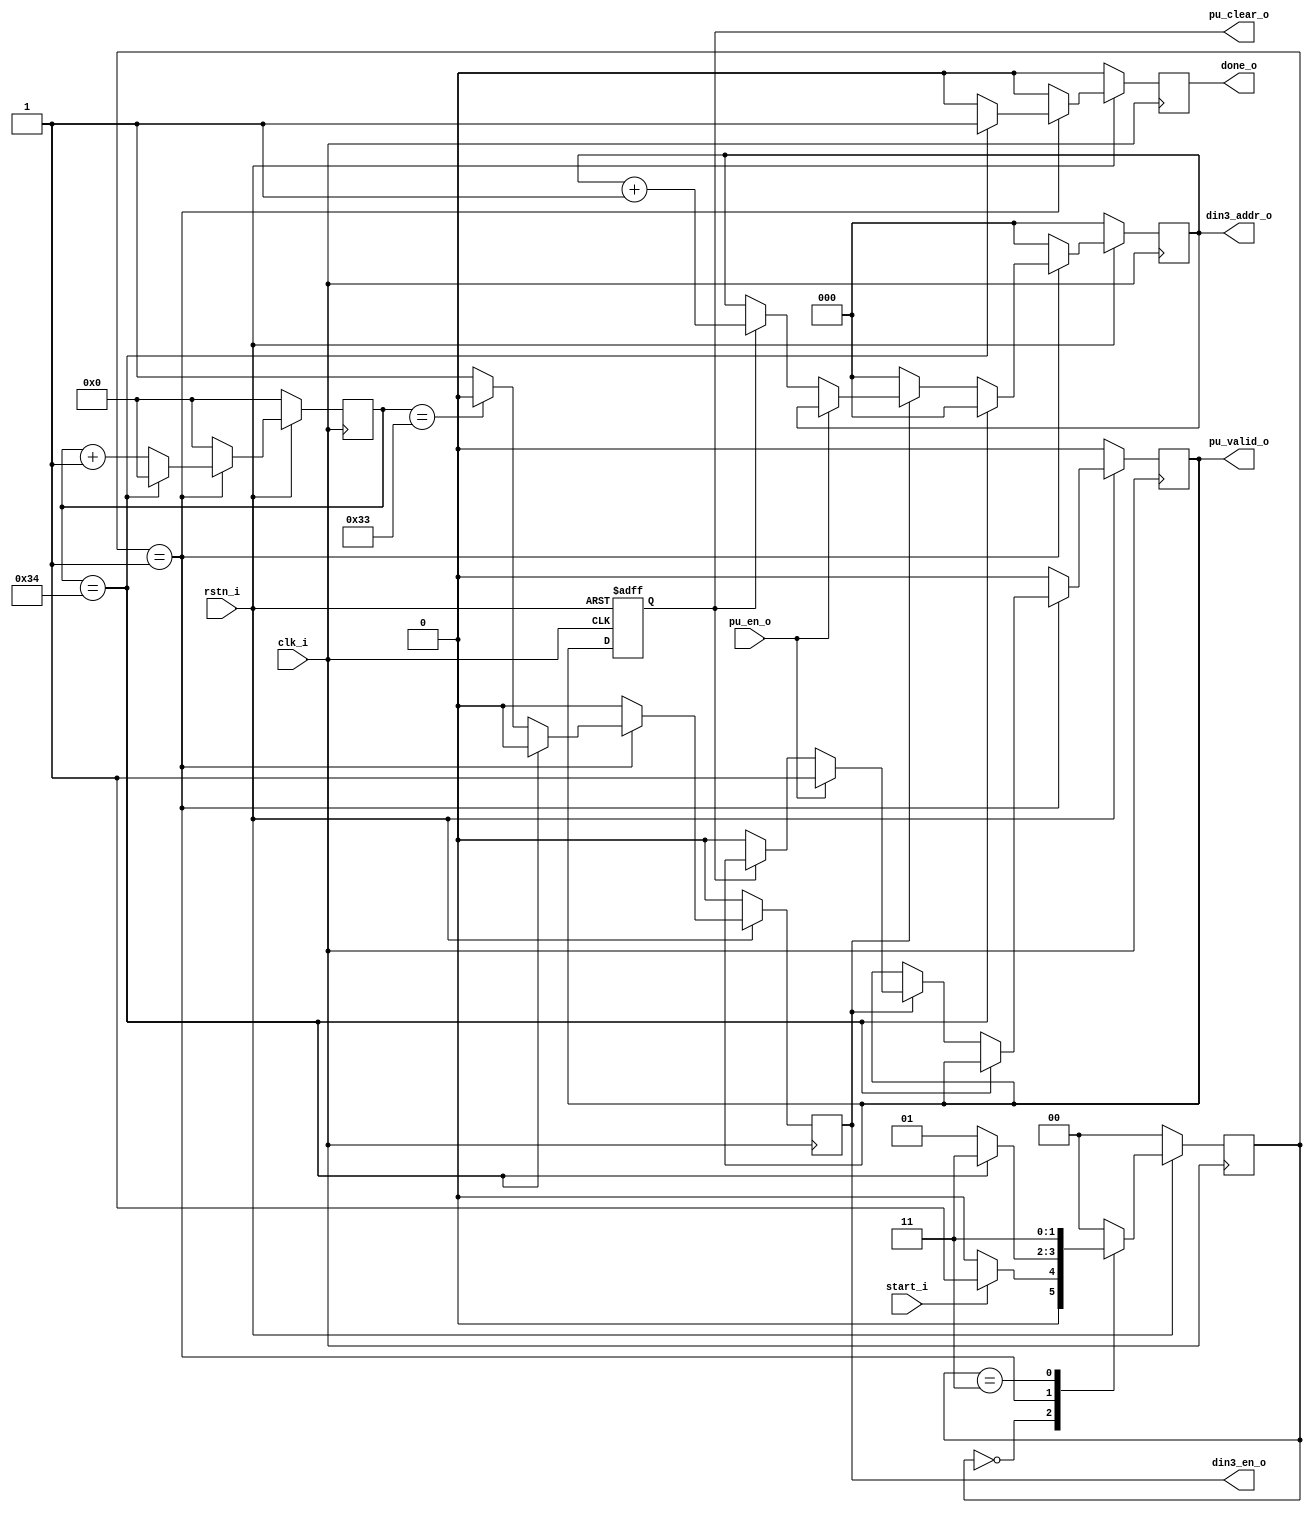
`timescale 1ns / 1ps

module local_ctrl_1 #(
    parameter   MAC_NUM            = 8,     // Default MAC Num
    parameter   ELEMENTS           = 32,    // Number of elements in matrix
    parameter   COLUMN             = 8
)(
    input wire              clk_i,
    input wire              rstn_i,
    input wire              start_i,
    input  wire             pu_en_o,
    
    output wire     [2:0]   din3_addr_o,
    output wire             din3_en_o,

    output wire             pu_valid_o,
    output wire             pu_clear_o,
    
    output wire             done_o
);

reg     [1:0]           present_state;
reg     [1:0]           next_state;

reg     [7:0]           cnt;
reg                     done;

reg     [2:0]           din3_addr;
reg                     din3_en;

reg                     valid;

reg                     pu_clear;

localparam   IDLE    =   2'b00;
localparam   RUN     =   2'b01;
localparam   DONE    =   2'b11;

assign  done_o          = done;
assign  din3_addr_o     = din3_addr;
assign  din3_en_o       = din3_en;
assign  pu_valid_o      = valid;
assign  pu_clear_o      = pu_clear;


// Present state logic
always @(posedge clk_i) begin
    if (!rstn_i) begin
        present_state <= IDLE;  // Set state to IDLE on reset
    end else begin
        present_state <= next_state; // Update state on clock edge
    end
end

// Next state logic
always @(*) begin
    case (present_state)
        IDLE : begin
            if (start_i) begin
                next_state = RUN; // Transition to RUN state on start signal
            end else begin
                next_state = IDLE; // Remain in IDLE state
            end
        end
        RUN : begin
            if (cnt == 52) begin
                next_state = DONE; // Transition to DONE state when counter reaches total cycles
            end else begin
                next_state = RUN; // Remain in RUN state
            end
        end
        DONE : begin
            next_state = DONE; // Remain in DONE state
        end
        default : begin
            next_state = IDLE; // Default to IDLE state
        end
    endcase
end

// Control signals and counter
always @(posedge clk_i) begin
    if (!rstn_i) begin
        cnt         <= 0;
        done        <= 0;
        din3_addr   <= 0;
        din3_en     <= 0;
        valid       <= 0;
    end else begin
        case (present_state)
        IDLE : begin
            cnt         <= 0;
            done        <= 0;
            valid       <= 0;
            din3_addr   <= 0;
            din3_en     <= 0;
        end
        RUN : begin
            if (cnt == 52) begin
                done        <= 1; // Set done signal when computation is complete
                cnt         <= 0;
                din3_addr   <= 0;
                din3_en     <= 0;
            end else begin
                done <= 0;
                cnt  <= cnt + 1;
                if (din3_en) begin
                    din3_addr  <=  din3_addr;
                    if (pu_en_o) begin
                        din3_addr <= din3_addr;
                        valid     <= 1; 
                    end else if(pu_clear) begin
                        din3_addr <= din3_addr + 1;
                    end else begin
                        valid     <= 0;
                    end
                end else begin
                    din3_addr <= 0;
                end

                if (cnt == 51) begin
                    din3_en <= 0;
                end else begin
                    din3_en <= 1;
                end
            end
        end
        DONE : begin
            done        <= 0;
            cnt         <= 0;
            din3_addr   <= 0;
            din3_en     <= 0;
            valid       <= 0;
        end
        default : begin
            cnt         <= 0;
            done        <= 0;
            valid       <= 0;
            din3_addr   <= 0;
            din3_en     <= 0;
        end
        endcase
    end
end

always @(posedge clk_i or negedge rstn_i) begin
    if (!rstn_i) begin
        pu_clear <= 0;
    end
    else begin
        pu_clear <= valid;
    end
end

endmodule